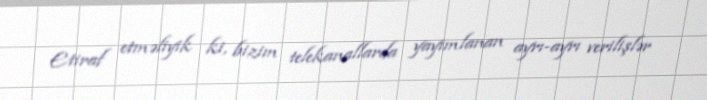
Etiraf etməliyik ki, bizim telekanallarda yayımlanan ayrı-ayrı verilişlər